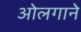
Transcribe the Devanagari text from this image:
ओलगाने